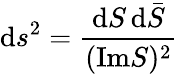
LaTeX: \mathrm{d}s^{2}=\frac{{\mathrm{d}S\, \mathrm{d}{\bar{{S}}}}}{{(\mathrm{{Im}}S)^{2}}}